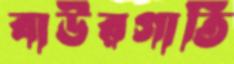
বাউরগাতি